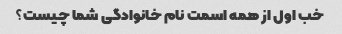
خب اول از همه اسمت نام خانوادگی شما چیست؟